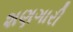
શણગારી